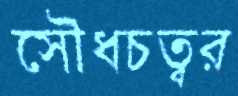
সৌধচত্বর